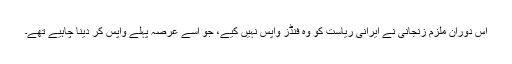
اس دوران ملزم زنجانی نے ایرانی ریاست کو وہ فنڈز واپس نہیں کیے، جو اسے عرصہ پہلے واپس کر دینا چاہیے تھے۔